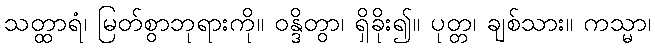
သတ္ထာရံ၊ မြတ်စွာဘုရားကို။ ဝန္ဒိတွာ၊ ရှိခိုး၍။ ပုတ္တ၊ ချစ်သား။ ကသ္မာ၊